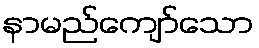
နာမည်ကျော်သော